Annual report of the Imperial Bacteriologist
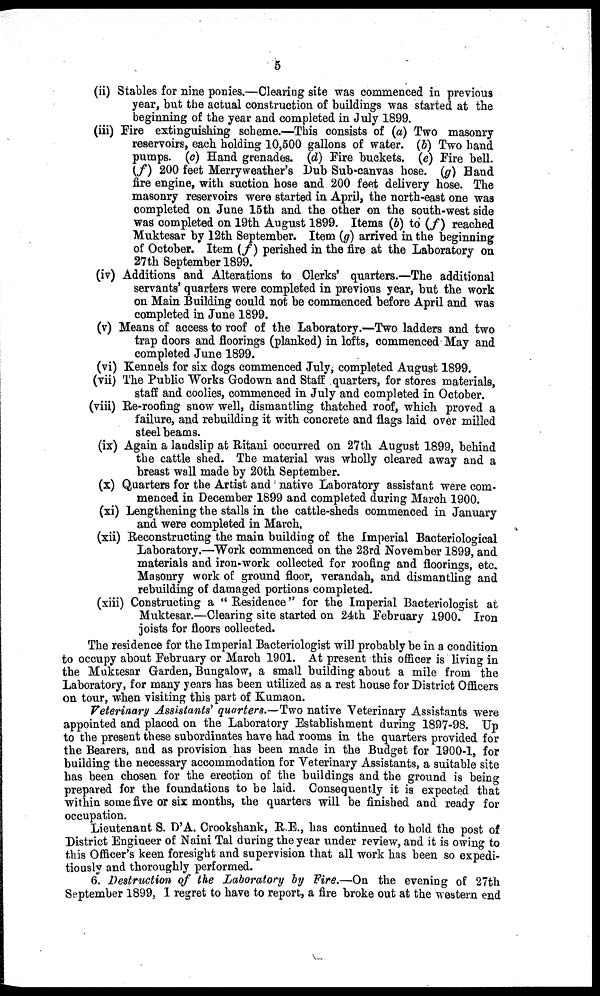
5
(ii) Stables for nine ponies.—Clearing site was commenced in previous
year, but the actual construction of buildings was started at the
beginning of the year and completed in July 1899.
(iii) Fire extinguishing scheme.—This consists of (a) Two masonry
reservoirs, each holding 10,500 gallons of water. (b) Two hand
pumps. (c) Hand grenades. (d) Fire buckets. (e) Fire bell.
(f) 200 feet Merryweather's Dub Sub-canvas hose. (g) Hand
fire engine, with suction hose and 200 feet delivery hose. The
masonry reservoirs were started in April, the north-east one was
completed on June 15th and the other on the south-west side
was completed on 19th August 1899. Items (b) to (f) reached
Muktesar by 12th September. Item (g) arrived in the beginning
of October. Item (f) perished in the fire at the Laboratory on
27th September 1899.
(iv) Additions and Alterations to Clerks' quarters.—The additional
servants' quarters were completed in previous year, but the work
on Main Building could not be commenced before April and was
completed in June 1899.
(v) Means of access to roof of the Laboratory.—Two ladders and two
trap doors and floorings (planked) in lofts, commenced May and
completed June 1899.
(vi) Kennels for six dogs commenced July, completed August 1899.
(vii) The Public Works Godown and Staff quarters, for stores materials,
staff and coolies, commenced in July and completed in October.
(viii) Re-roofing snow well, dismantling thatched roof, which proved a
failure, and rebuilding it with concrete and flags laid over milled
steel beams.
(ix) Again a landslip at Ritani occurred on 27th August 1899, behind
the cattle shed. The material was wholly cleared away and a
breast wall made by 20th September.
(x) Quarters for the Artist and native Laboratory assistant were com-
menced in December 1899 and completed during March 1900.
(xi) Lengthening the stalls in the cattle-sheds commenced in January
and were completed in March.
(xii) Reconstructing the main building of the Imperial Bacteriological
Laboratory.—Work commenced on the 23rd November 1899, and
materials and iron-work collected for roofing and floorings, etc.
Masonry work of ground floor, verandah, and dismantling and
rebuilding of damaged portions completed.
(xiii) Constructing a " Residence" for the Imperial Bacteriologist at
Muktesar.—Clearing site started on 24th February 1900. Iron
joists for floors collected.
The residence for the Imperial Bacteriologist will probably be in a condition
to occupy about February or March 1901. At present this officer is living in
the Muktesar Garden, Bungalow, a small building about a mile from the
Laboratory, for many years has been utilized as a rest house for District Officers
on tour, when visiting this part of Kumaon.
Veterinary Assistants' quarters.—Two native Veterinary Assistants were
appointed and placed on the Laboratory Establishment during 1897-98. Up
to the present these subordinates have had rooms in the quarters provided for
the Bearers, and as provision has been made in the Budget for 1900-1, for
building the necessary accommodation for Veterinary Assistants, a suitable site
has been chosen for the erection of the buildings and the ground is being
prepared for the foundations to be laid. Consequently it is expected that
within some five or six months, the quarters will be finished and ready for
occupation.
Lieutenant S. D'A. Crookshank, R.E., has continued to hold the post of
District Engineer of Naini Tal during the year under review, and it is owing to
this Officer's keen foresight and supervision that all work has been so expedi-
tiously and thoroughly performed.
6. Destruction of the Laboratory by Fire.—On the evening of 27th
September 1899, I regret to have to report, a fire broke out at the western end